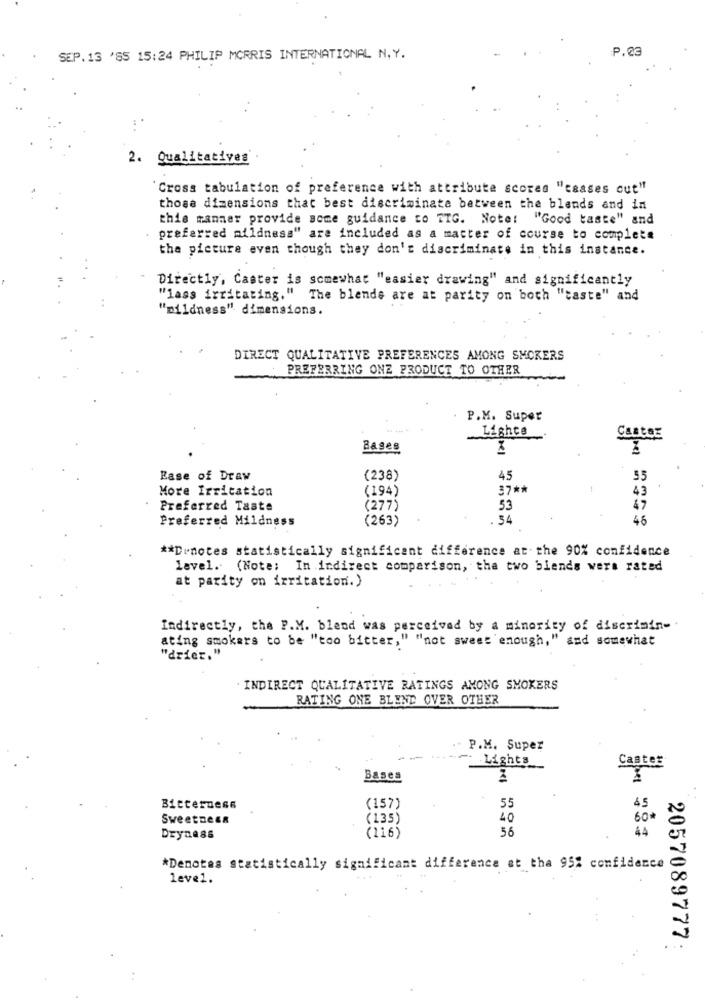
P.23
SEP.13 '85 15:24 PHILIP MORRIS INTERNATIONAL N. Y.
2. Qualitatives
"Cross tabulation of preference with attribute scores "csases out"
those dimensions that best discriminate between the blends and in
this manner provide some guidance to TIG. Note: "Good taste" and
preferred mildness" are included as a matter of course to complete
the picture even though they don't discriminate in this instance.
Directly, Caster is somewhat "easier drawing" and significantly
"lass irritating." The blende are at parity on both "taste" and
"mildness" dimensions.
DIRECT QUALITATIVE PREFERENCES AMONG SMOKERS
PREFERRING ONE PRODUCT TO OTHER
P.M. Super
Lighce
Cantez
Bases
Ease of Draw
(238)
45
55
More Irritation
(194)
37 **
43
Preferred Taste
(277)
53
47
Preferred Mildness
(263)
. 34
46
** Denotes statistically significant difference at the 90% confidence
lavel. (Note: In indirect comparison, the two blends wers rated
at parity on irritation.)
Indirectly, the P.M. blend was perceived by a minority of discrimin-
ating smokers to be "too bitter," "not sweet enough," and somewhat
"drier."
INDIRECT QUALITATIVE RATINGS AMONG SMOKERS
RATING ONE BLEND OVER OTHER
P.M. Super
-
Lights
Caster
Bases
Bitterness
(157)
55
45
SweetneEn
(135)
40
60*
(116)
56
44
Dryness
*Denotes statistically significant difference at tha 95% confidence
leve1.
2057089777